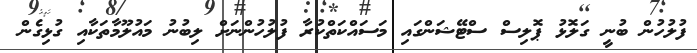
ފުލުހުން ބުނީ ގަލޮޅު ޕޮލިސް ސްޓޭޝަންގައި މަސައްކަތްކުރާ ފުލުހުންނަށް ލިބުނު މައުލޫމާތަކާއި ގުޅިގެން